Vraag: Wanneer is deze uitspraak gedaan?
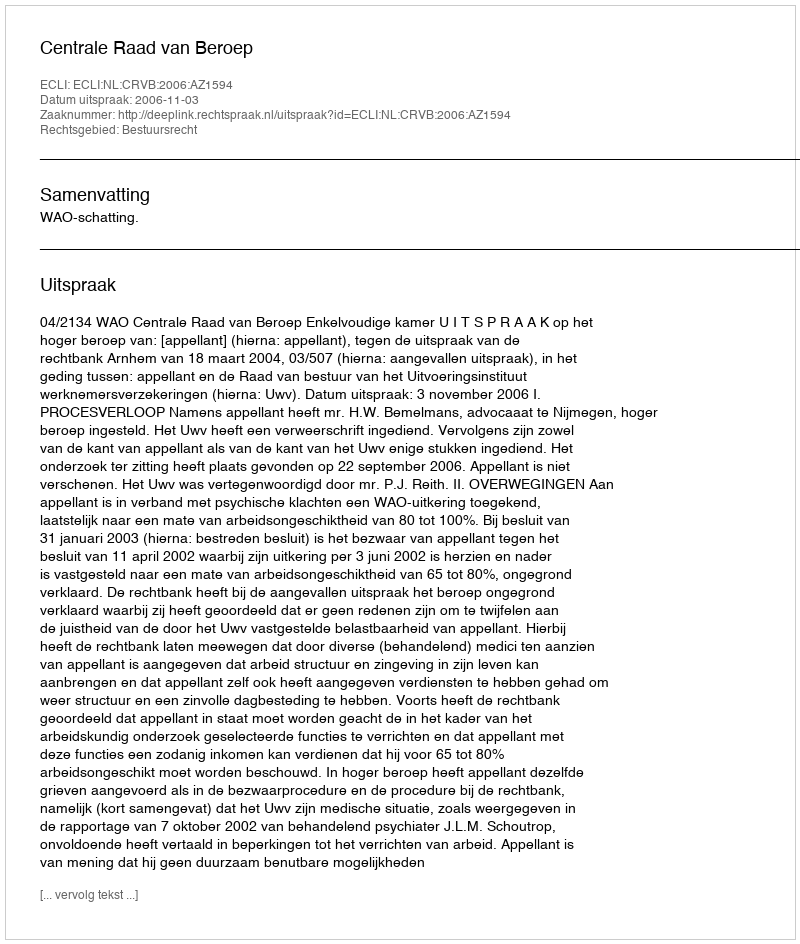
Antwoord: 2006-11-03